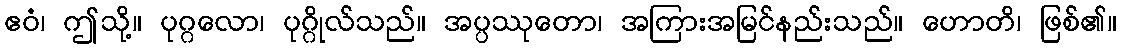
ဧဝံ၊ ဤသို့။ ပုဂ္ဂလော၊ ပုဂ္ဂိုလ်သည်။ အပ္ပဿုတော၊ အကြားအမြင်နည်းသည်။ ဟောတိ၊ ဖြစ်၏။